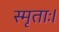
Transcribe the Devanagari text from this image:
स्मृताः।